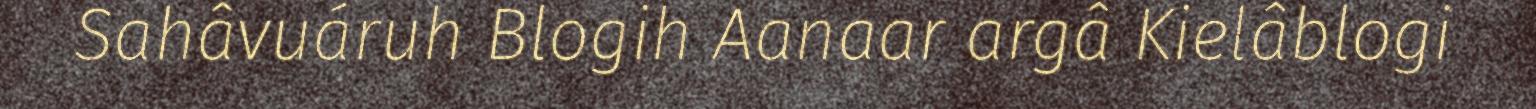
Sahâvuáruh Blogih Aanaar argâ Kielâblogi